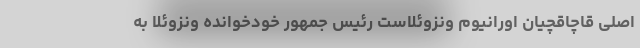
اصلی قاچاقچیان اورانیوم ونزوئلاست رئیس جمهور خودخوانده ونزوئلا به